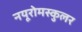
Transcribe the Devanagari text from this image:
नयूरोमस्कुलर